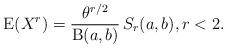
LaTeX: \begin{align*}\operatorname{E}(X^r)=\frac{\theta^{r/2}}{\operatorname{B}(a,b)}\,S_r(a,b),r<2.\end{align*}